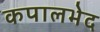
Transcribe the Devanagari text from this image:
कपालभेद